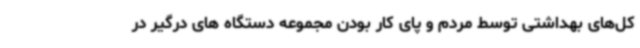
کل‌های بهداشتی توسط مردم و پای کار بودن مجموعه دستگاه های درگیر در